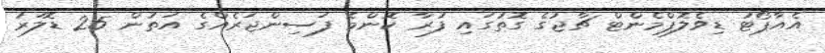
އެއާޕޯޓު ޑިވެލޮޕްމެންޓް ޗާޖުގެ ގޮތުގައި ފުރާ ކޮންމެ ފަސިންޖަރެއްގެ އަތުން 25 ޑޮލަރު